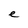
Character: e